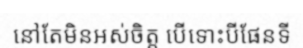
នៅតែមិនអស់ចិត្ត បើទោះបីផែនទី